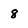
Character: 8